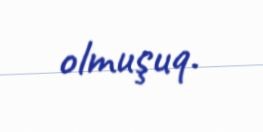
olmuşuq.